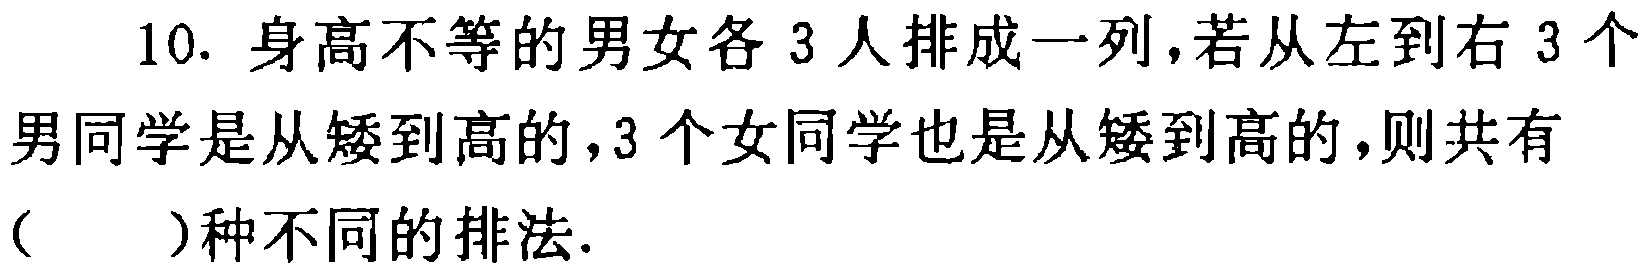
10. 身高不等的男女各 3 人排成一列，若从左到右 3 个男同学是从矮到高的，3 个女同学也是从矮到高的，则共有（  ）种不同的排法.